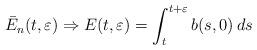
LaTeX: \begin{align*} \bar{E}_n (t,\varepsilon) \Rightarrow E(t, \varepsilon)= \int_{t}^{t+\varepsilon} b(s,0) \,ds\end{align*}